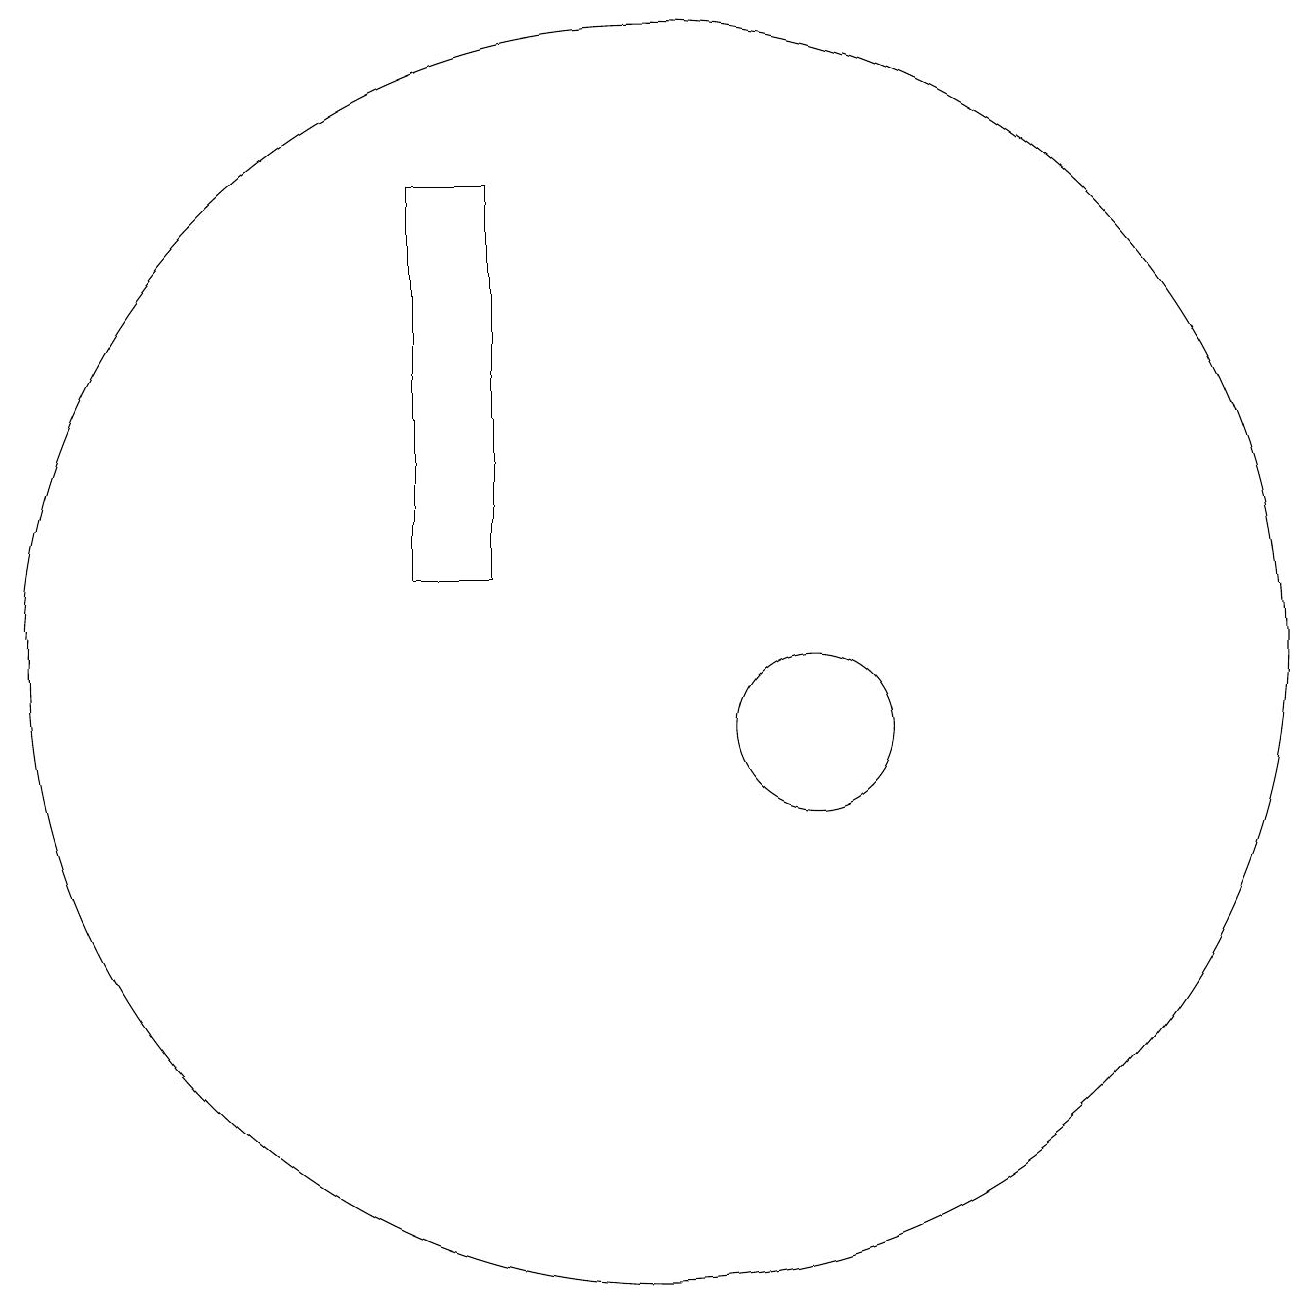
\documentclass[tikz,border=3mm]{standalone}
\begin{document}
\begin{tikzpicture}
\draw (10,11) circle (8);
\draw (12,10) circle (1);
\draw (8,17) rectangle (7,12);
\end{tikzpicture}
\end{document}